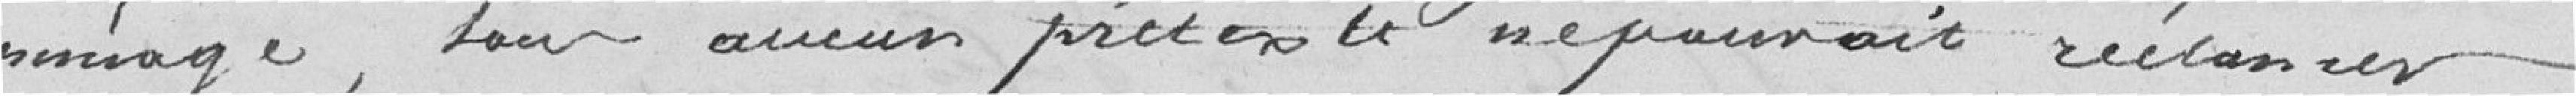
ménage, prétexte le